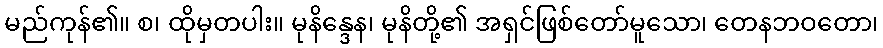
မည်ကုန်၏။ စ၊ ထိုမှတပါး။ မုနိန္ဒေန၊ မုနိတို့၏ အရှင်ဖြစ်တော်မူသော၊ တေနဘဝတော၊